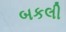
બકલી